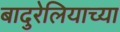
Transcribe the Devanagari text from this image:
बादुरेलियाच्या